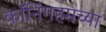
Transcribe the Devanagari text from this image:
कॉनिंगहमच्या